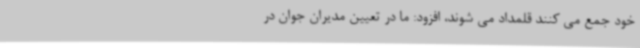
خود جمع می کنند قلمداد می شوند، افزود: ما در تعیین مدیران جوان در